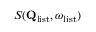
S ( \mathbf { Q } _ { \mathrm { l i s t } } , \omega _ { \mathrm { l i s t } } )